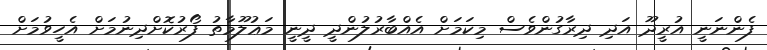
ފެންނަނީ އުރީދޫ އަދި ދިރާގުންވެސް މިކަމަށް އެއްބާރުލުންދީ ދީނީ މަޢުލޫމާތު ފޯރުކޮށްދިނުމަށް އެހީވުމަށް